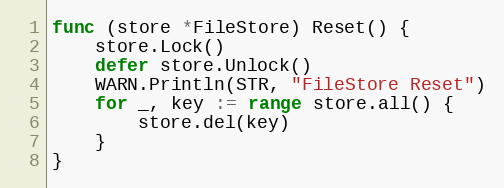
Language: Go
func (store *FileStore) Reset() {
	store.Lock()
	defer store.Unlock()
	WARN.Println(STR, "FileStore Reset")
	for _, key := range store.all() {
		store.del(key)
	}
}